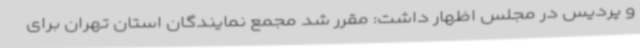
و پردیس در مجلس اظهار داشت: مقرر شد مجمع نمایندگان استان تهران برای